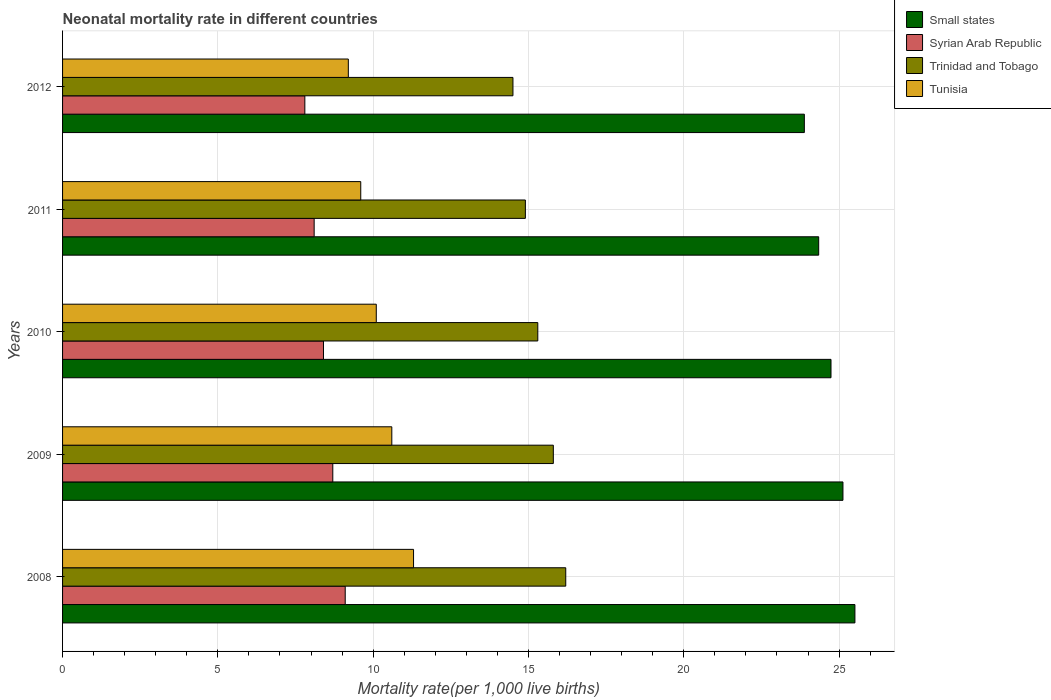
| Years | Small states | Syrian Arab Republic | Trinidad and Tobago | Tunisia |
 | --- | --- | --- | --- | --- |
 | 2008 | 25.5 | 9.1 | 16.2 | 11.3 |
 | 2009 | 25.1 | 8.7 | 15.8 | 10.6 |
 | 2010 | 24.7 | 8.4 | 15.3 | 10.1 |
 | 2011 | 24.3 | 8.1 | 14.9 | 9.6 |
 | 2012 | 23.9 | 7.8 | 14.5 | 9.2 |